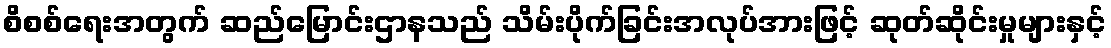
စိစစ်ရေးအတွက် ဆည်မြောင်းဌာနသည် သိမ်းပိုက်ခြင်းအလုပ်အားဖြင့် ဆုတ်ဆိုင်းမှုများနှင့်